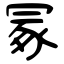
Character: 冢